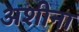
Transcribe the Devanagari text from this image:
अशीना